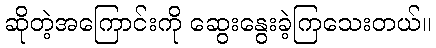
ဆိုတဲ့အကြောင်းကို ဆွေးနွေးခဲ့ကြသေးတယ်။